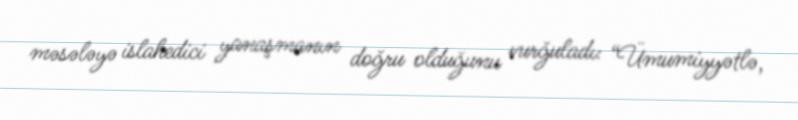
məsələyə islahedici yanaşmanın doğru olduğunu vurğuladı: “Ümumiyyətlə,